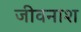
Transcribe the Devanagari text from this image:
जीवनाश